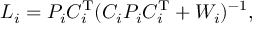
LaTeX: { \mathbf { } } L _ { i } = P _ { i } C _ { i } ^ { \mathrm { T } } ( C _ { i } P _ { i } C _ { i } ^ { \mathrm { T } } + W _ { i } ) ^ { - 1 } ,